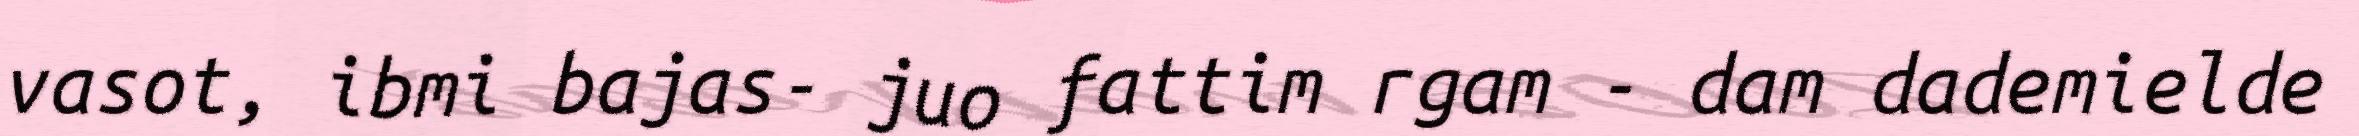
vasot, ibmi bajas- juo fattim rgam - dam dademielde